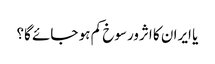
یا ایران کا اثرورسوخ کم ہو جائے گا؟